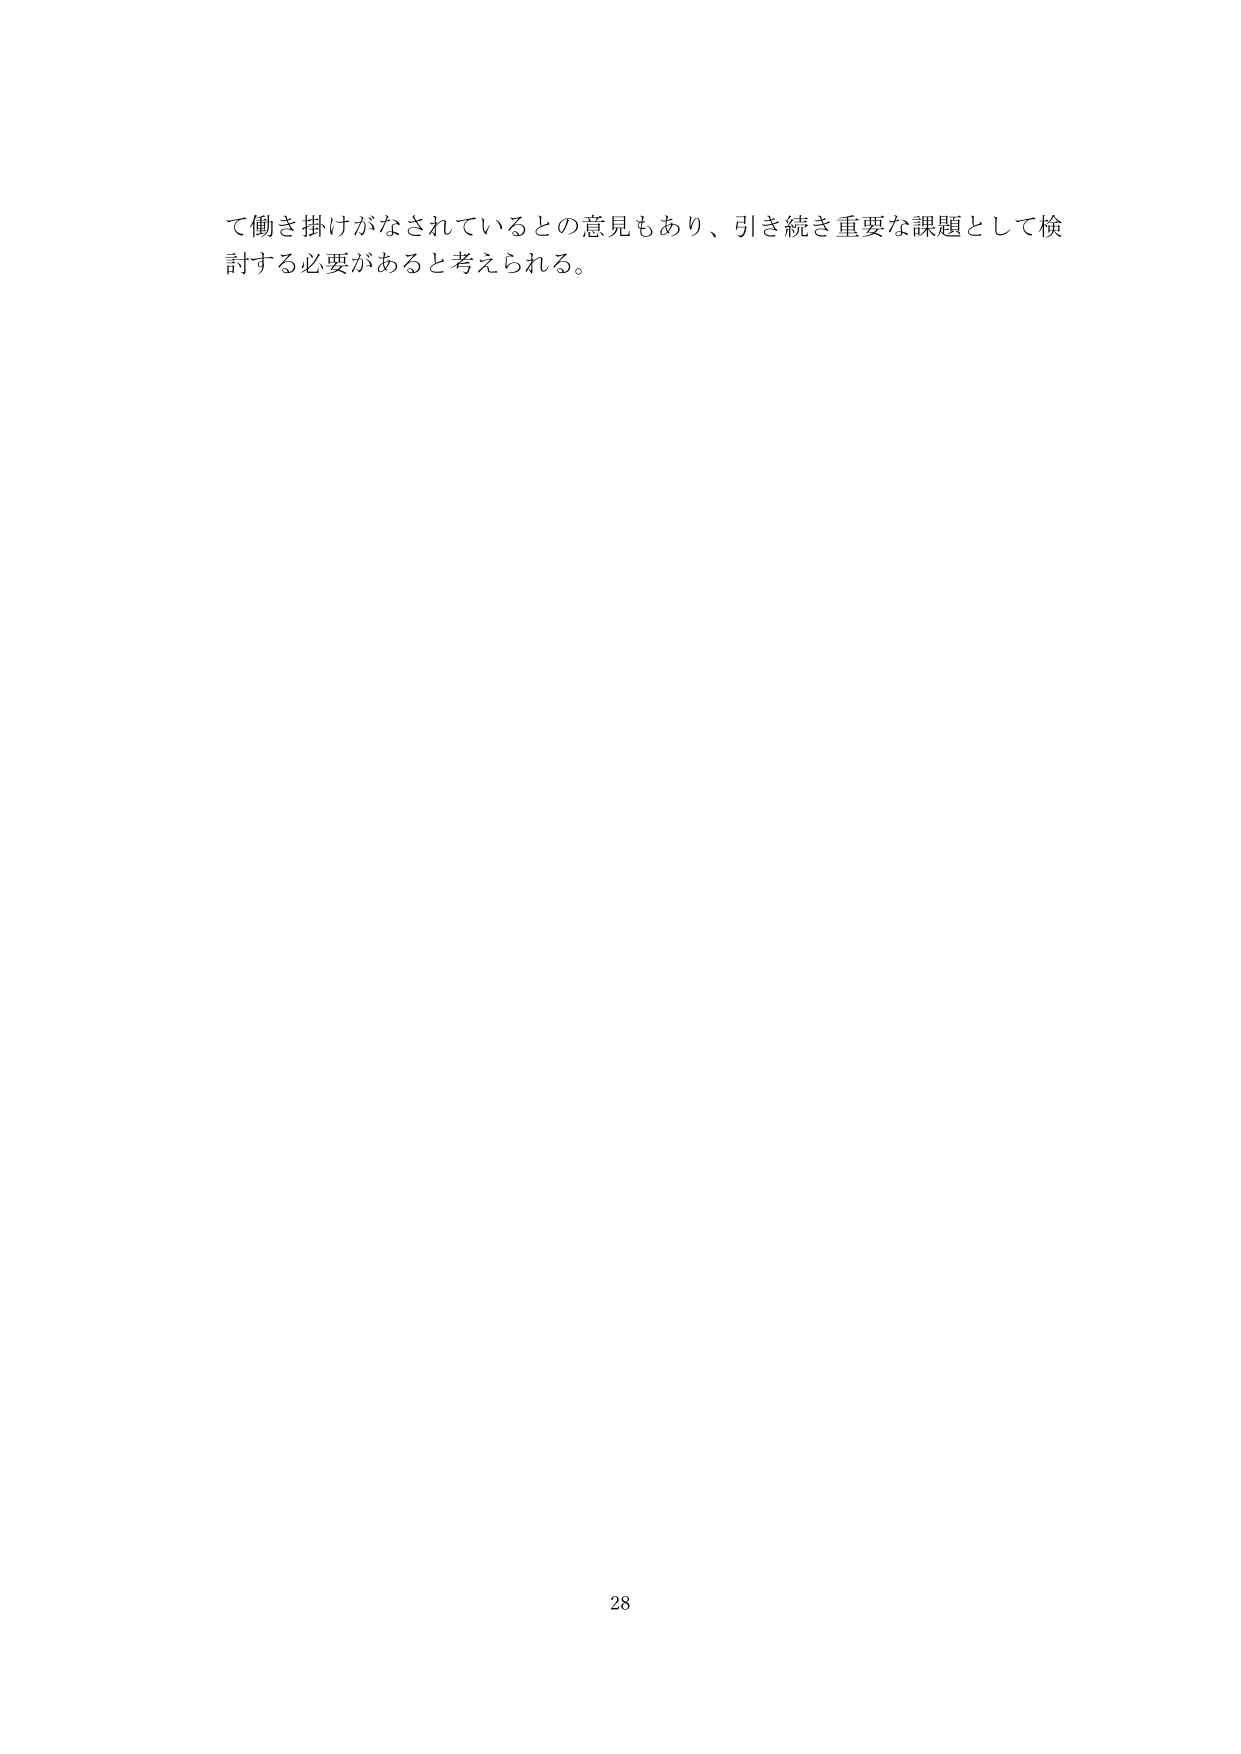
て働き掛けがなされているとの意見もあり、引き続き重要な課題として検討する必要があると考えられる。

28